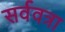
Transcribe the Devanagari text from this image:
सर्ववत्रा